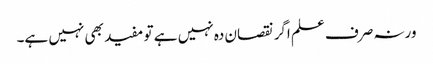
ورنہ صرف علم اگر نقصان دہ نہیں ہے تو مفید بھی نہیں ہے۔